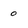
Character: 0